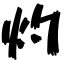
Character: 灼